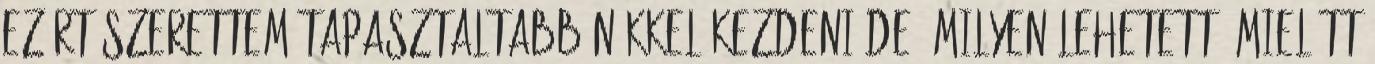
ezért szerettem tapasztaltabb nőkkel kezdeni De, milyen lehetett, mielőtt